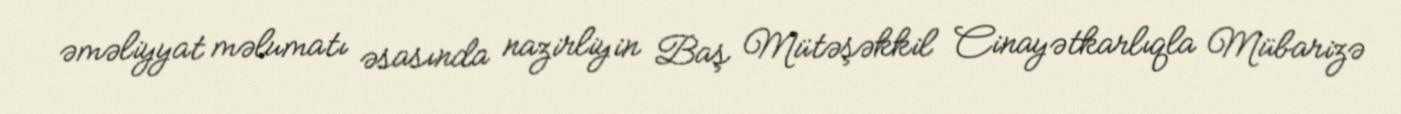
əməliyyat məlumatı əsasında nazirliyin Baş Mütəşəkkil Cinayətkarlıqla Mübarizə